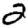
Digit: 2